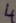
Text: 4